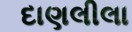
દાણલીલા